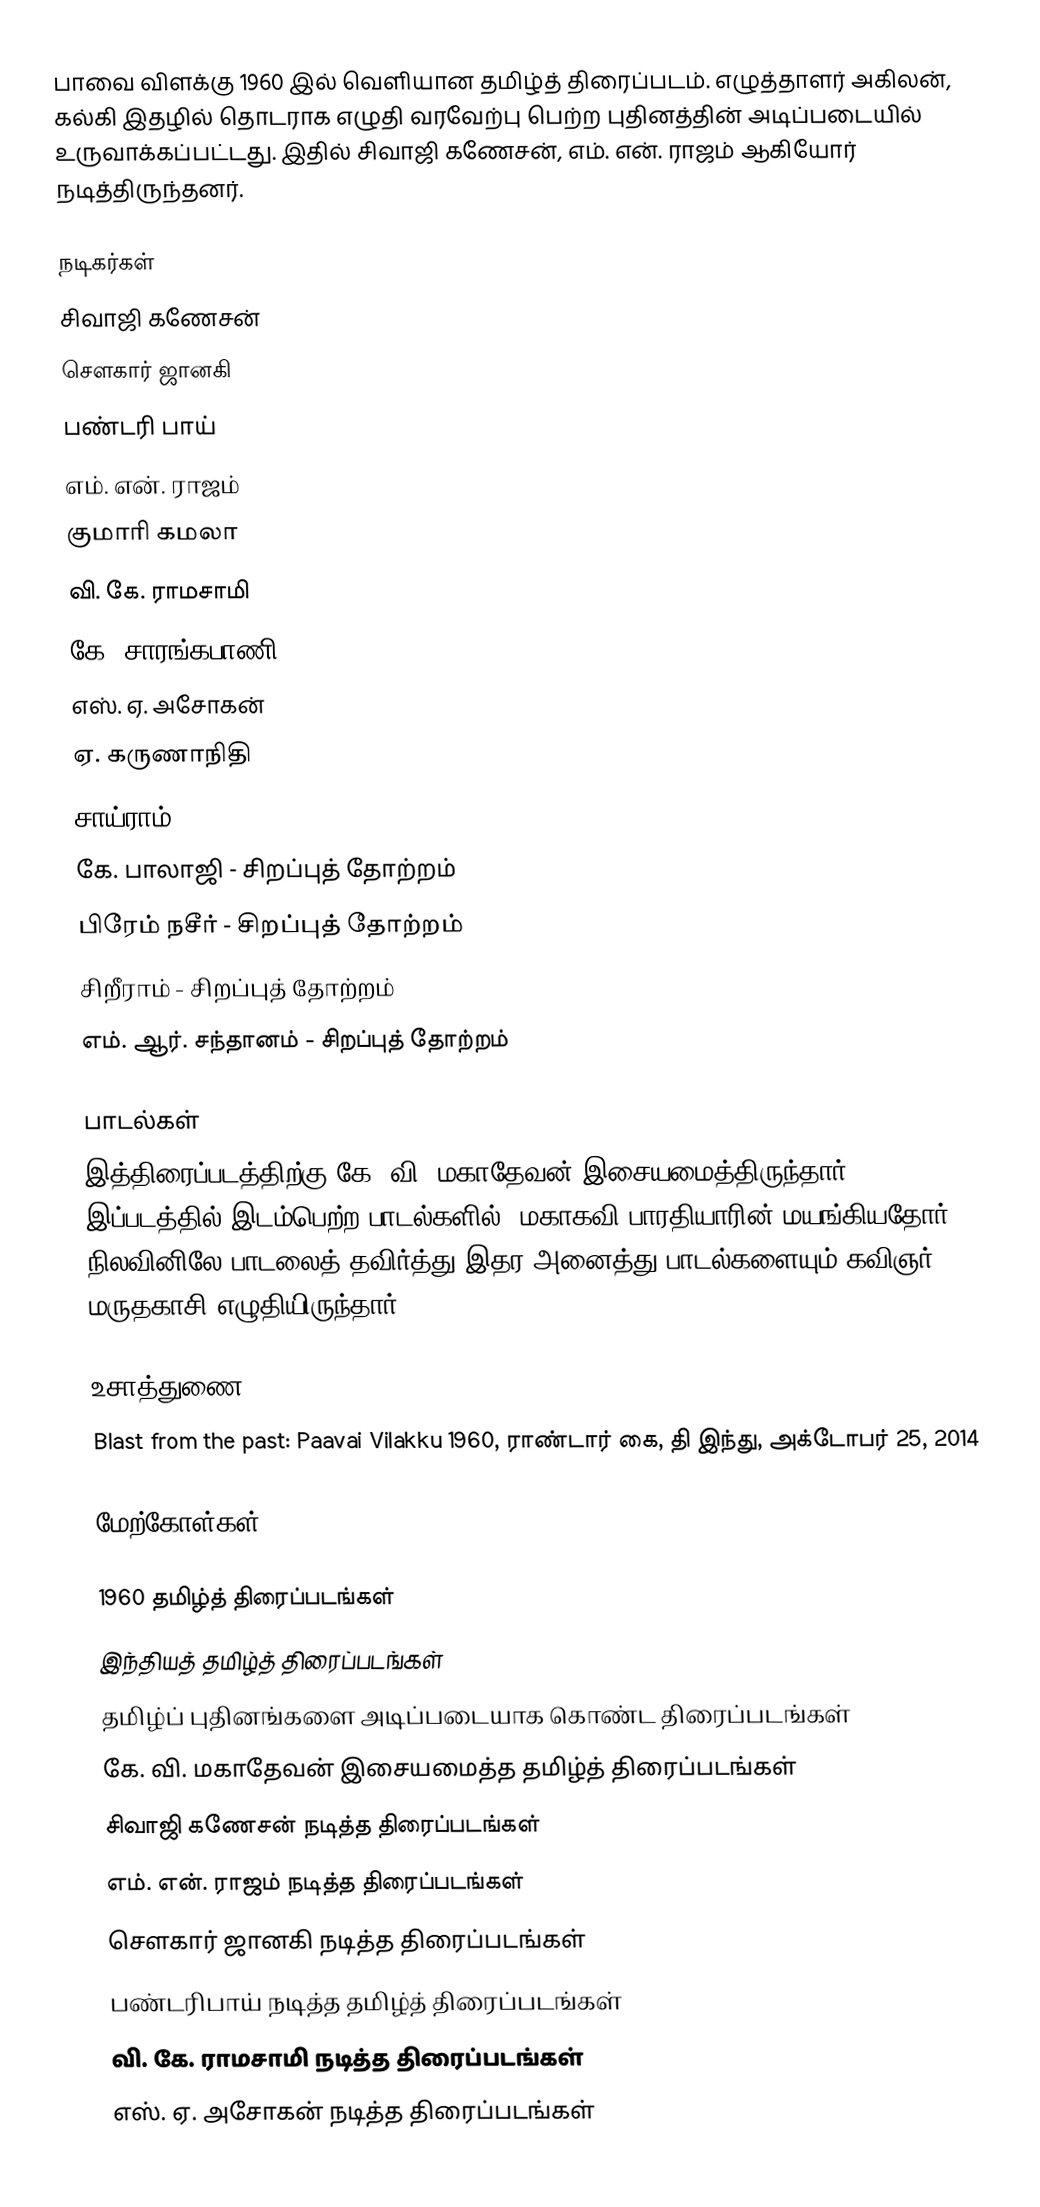
பாவை விளக்கு 1960 இல் வெளியான தமிழ்த் திரைப்படம். எழுத்தாளர் அகிலன், கல்கி இதழில் தொடராக எழுதி வரவேற்பு பெற்ற புதினத்தின் அடிப்படையில் உருவாக்கப்பட்டது. இதில் சிவாஜி கணேசன், எம். என். ராஜம் ஆகியோர் நடித்திருந்தனர்.

நடிகர்கள்
சிவாஜி கணேசன்
சௌகார் ஜானகி
பண்டரி பாய்
எம். என். ராஜம்
குமாரி கமலா
வி. கே. ராமசாமி
கே. சாரங்கபாணி
எஸ். ஏ. அசோகன்
 ஏ. கருணாநிதி
 சாய்ராம்
கே. பாலாஜி - சிறப்புத் தோற்றம்
பிரேம் நசீர் - சிறப்புத் தோற்றம்
 சிறீராம் - சிறப்புத் தோற்றம்
 எம். ஆர். சந்தானம் - சிறப்புத் தோற்றம்

பாடல்கள்
இத்திரைப்படத்திற்கு கே. வி. மகாதேவன் இசையமைத்திருந்தார். இப்படத்தில் இடம்பெற்ற பாடல்களில், மகாகவி பாரதியாரின் மயங்கியதோர் நிலவினிலே பாடலைத் தவிர்த்து இதர அனைத்து பாடல்களையும் கவிஞர் மருதகாசி எழுதியிருந்தார்.

உசாத்துணை
 Blast from the past: Paavai Vilakku 1960, ராண்டார் கை, தி இந்து, அக்டோபர் 25, 2014

மேற்கோள்கள்

1960 தமிழ்த் திரைப்படங்கள்
இந்தியத் தமிழ்த் திரைப்படங்கள்
தமிழ்ப் புதினங்களை அடிப்படையாக கொண்ட திரைப்படங்கள்
கே. வி. மகாதேவன் இசையமைத்த தமிழ்த் திரைப்படங்கள்
சிவாஜி கணேசன் நடித்த திரைப்படங்கள்
எம். என். ராஜம் நடித்த திரைப்படங்கள்
சௌகார் ஜானகி நடித்த திரைப்படங்கள்
பண்டரிபாய் நடித்த தமிழ்த் திரைப்படங்கள்
வி. கே. ராமசாமி நடித்த திரைப்படங்கள்
எஸ். ஏ. அசோகன் நடித்த திரைப்படங்கள்